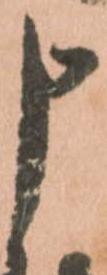
申